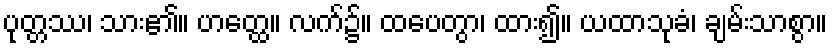
ပုတ္တဿ၊ သား၏။ ဟတ္ထေ။ လက်၌။ ထပေတွာ၊ ထား၍။ ယထာသုခံ၊ ချမ်းသာစွာ။